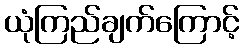
ယုံကြည်ချက်ကြောင့်